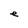
Character: e